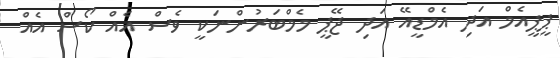
ޕީޕީއެމް އަދި އެމްޑީއޭ އަދި ޖޭޕީ މެމްބަރުންނަކީ ވެސް އެއް ކޯސް އެއް